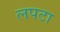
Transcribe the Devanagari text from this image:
लपटा